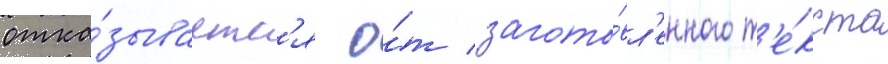
отка́зываетс'я о́т загото́вл'енного т'е́кста